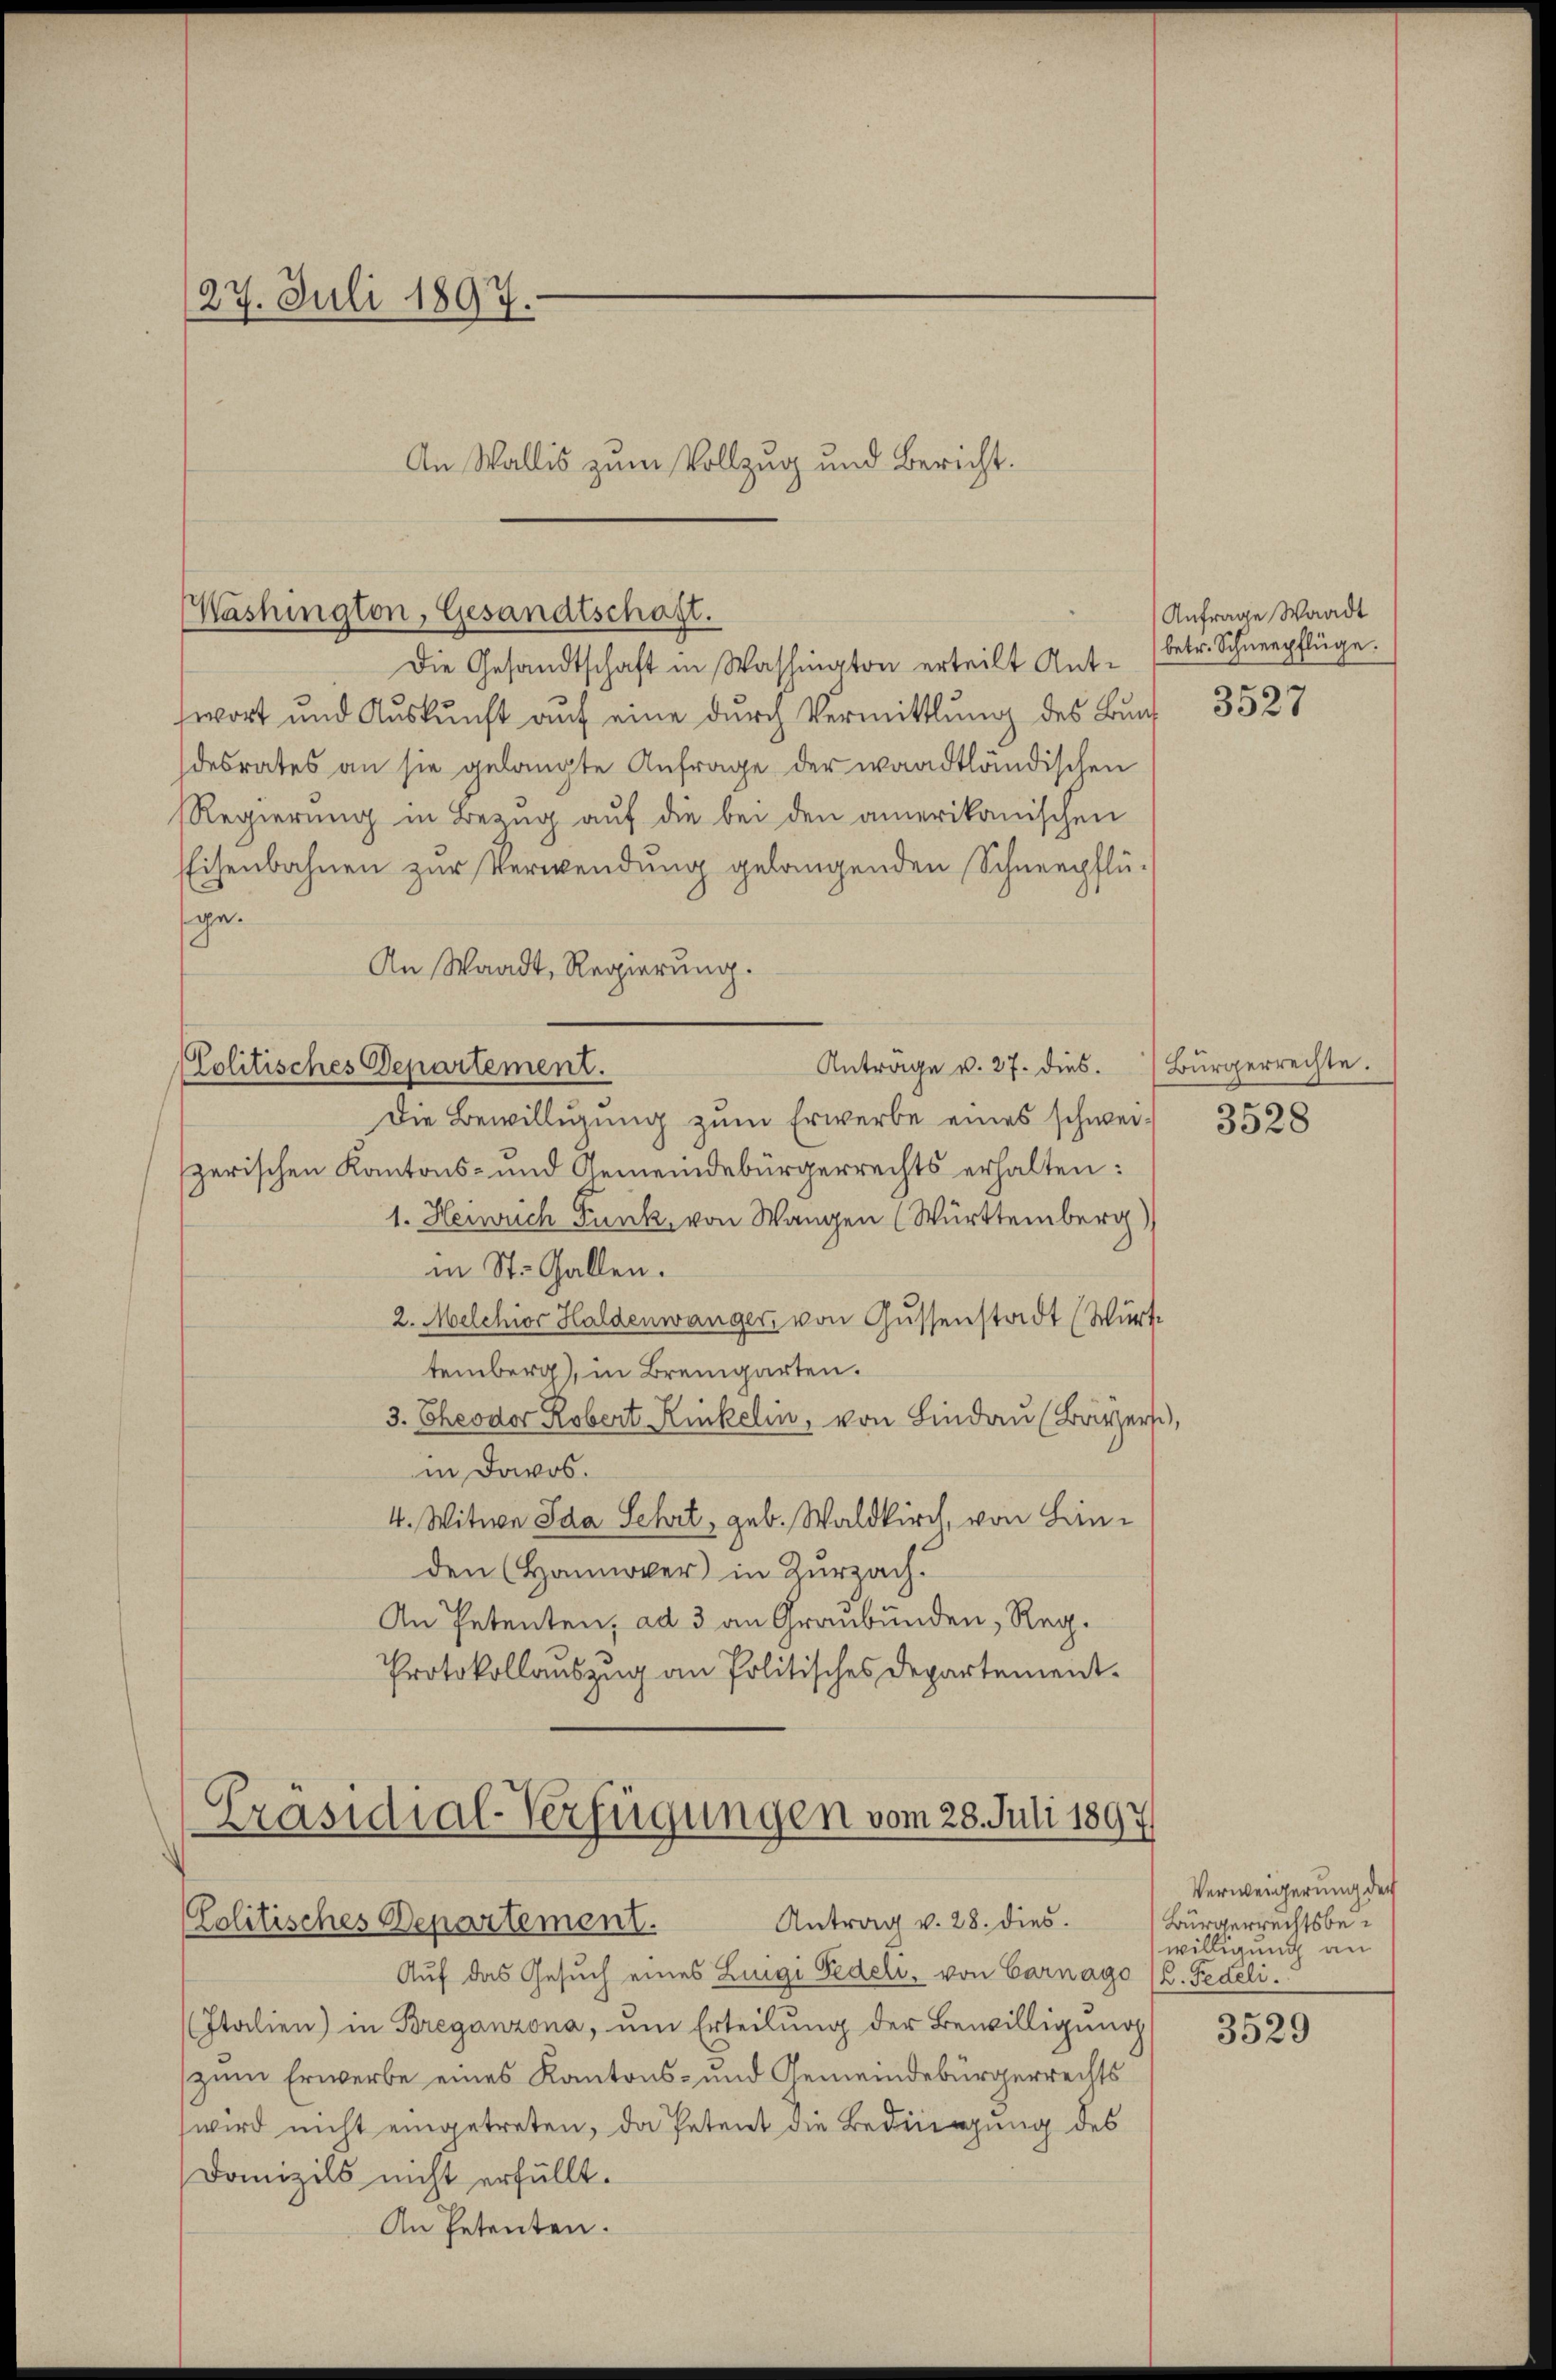
27. Juli 1897.
An Wallis zum Vollzug und Bericht.

Washington, Gesandtschaft.

Die Gesandtschaft in Washington erteilt Antwort und Auskunft auf eine durch Vermittlung des Bund
desrates an sie gelangte Anfrage der waadtländischen
Regierung in Bezug auf die bei den amerikanischen
Eisenbahnen zur Verwendung gelangenden Schneepflüge.
An Waadt, Regierung.
Die Bewilligung zum Erwerbe eines schweizerischen Kantons- und Gemeindebürgerrechts erhalten:
1. Heinrich Funk, von Wangen (Württemberg)
in St. Gallen.
2. Melchior Haldenwanger von Gussenstadt (Württemberg), in Bremgarten.
3. Theodor Robert Kinkelin, von Lindau (Britzers,
in Dowos.
4. Witwe Ida Sehrt, geb. Waldkirch, von Linden (Hannover in Zurzach.
An Petenten, ad 3 an Graubünden, Reg.
Protokollaŭszŭg an Politisches Departement.
Präsidial-Verfügungen vom 28. Juli 1897

Politisches Departement.

Antrage v. 27. dies. Bürgerrechte.

Antrag v. 28. dies
Colitisches Departement.

Auf das Gesuch eines Luigi Fedeli, von Carnago (2. Fedeli.
(Italien) in Breganzona, um Erteilung der Bewilligung
zum Erwerbe eines Kantons- und Gemeindebürgerrechts
wird nicht eingetreten, da Petent die Bedingung des
Danizils nicht erfüllt.
An Petenten.

Anfrage Waadt
betr. Schneepflüge.

3527

3528

Verweigerung der
Bürgerrechtsbewilligung an

3529